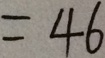
= 4 6